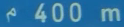
400m